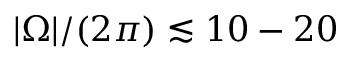
| \Omega | / ( 2 \pi ) \lesssim 1 0 - 2 0